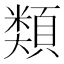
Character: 𩔖